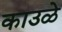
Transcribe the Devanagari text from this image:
काउळे